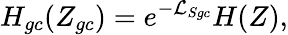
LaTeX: H_{gc}(Z_{gc})=e^{-\mathcal{L}_{Sgc}}H(Z),